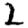
Digit: 2